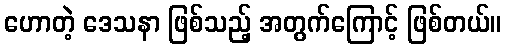
ဟောတဲ့ ဒေသနာ ဖြစ်သည့် အတွက်ကြောင့် ဖြစ်တယ်။